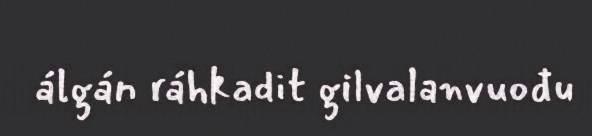
álgán ráhkadit gilvalanvuođu